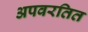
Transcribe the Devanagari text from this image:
अपवरतित